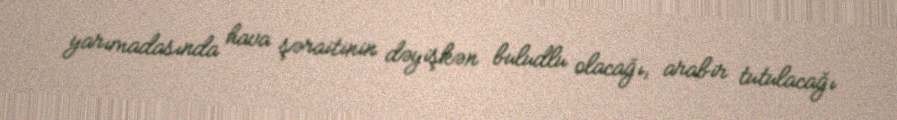
yarımadasında hava şəraitinin dəyişkən buludlu olacağı, arabir tutulacağı